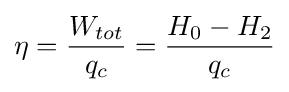
\eta ={\frac {W_{tot}}{q_{c}}}={\frac {H_{0}-H_{2}}{q_{c}}}